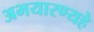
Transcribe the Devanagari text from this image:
अभयारण्यहे